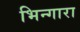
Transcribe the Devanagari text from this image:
भिन्गारा